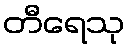
တီရေသု